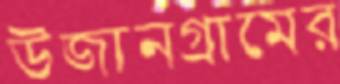
উজানগ্রামের